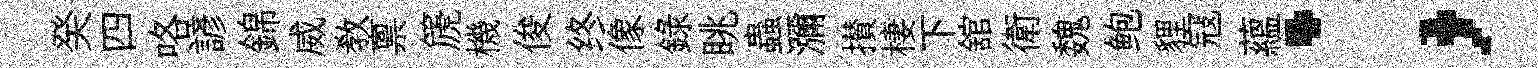
癸四咯諺錦威教禀篪機俊终像録眺蟲瀰攅棲下舘衛魏鲍貍寇蘊；